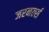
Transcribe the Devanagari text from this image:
जरनर्ल्स